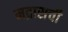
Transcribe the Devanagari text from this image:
मद्रासची